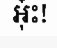
អុ៎ះ!